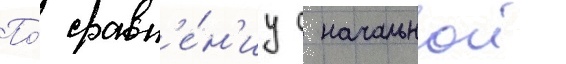
По́ сравн'е́н'иу с начальнои